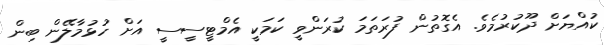
ކުއްޔަށް ދޫކުރުމެވެ. އެގޮތުން ފުރަތަމަ ކުރަންވީ ކަމަކީ އެމްޓީސީސީ އަށް ހުޅުމާލޭން ބިން